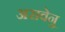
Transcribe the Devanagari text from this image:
अरावेनु